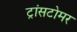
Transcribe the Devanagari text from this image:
ट्रांसटोमर